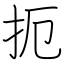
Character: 扼